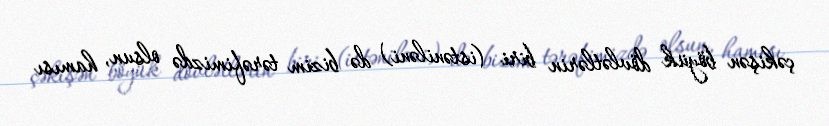
çəkişən böyük dövlətlərin biri (istəniləni) də bizim tərəfimizdə olsun, hamısı